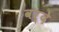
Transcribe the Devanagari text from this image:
वर्देे